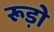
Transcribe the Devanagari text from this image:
रूड़ो